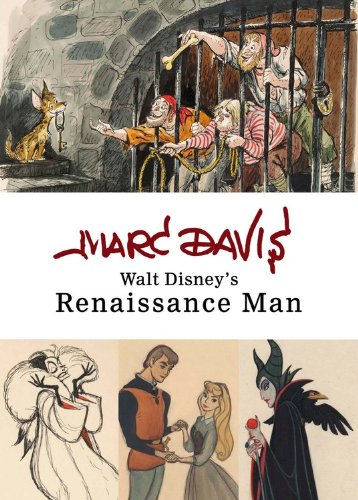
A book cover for Marc Davis: Walt Disney's Renaissance Man (Disney Editions Deluxe); Disney Book Group; Humor & Entertainment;